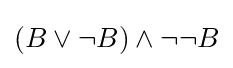
(B\lor \neg B)\land \neg \neg B